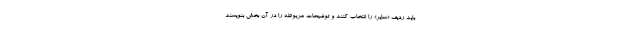
باید ردیف «سایر» را انتخاب کنند و توضیحات مربوطه را در آن بخش بنویسند